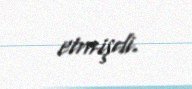
etmişdi.